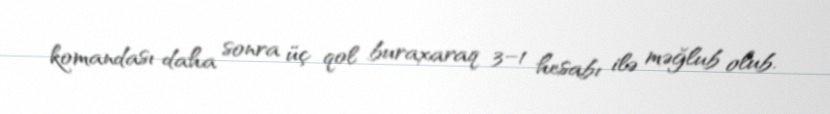
komandası daha sonra üç qol buraxaraq 3–1 hesabı ilə məğlub olub.